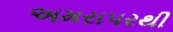
અમરાપરથી